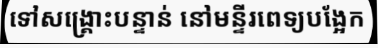
ទៅសង្គ្រោះបន្ទាន់ នៅមន្ទីរពេទ្យបង្អែក